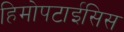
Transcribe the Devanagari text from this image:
हिमोपटाईसिस